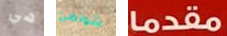
هي شواطئ مقدما